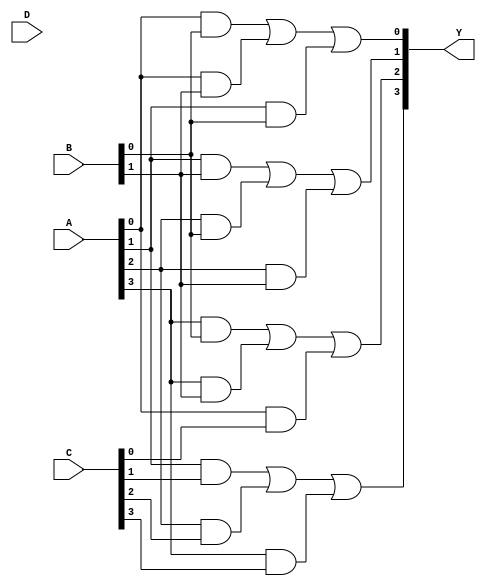
module GAL (
    input wire [3:0] A,      // 4-bit input
    input wire [3:0] B,      // 4-bit input
    input wire [3:0] C,      // 4-bit input
    input wire [3:0] D,      // 4-bit input
    output wire [3:0] Y      // 4-bit output
);

// Internal signals for AND gates
wire [15:0] and_out; // 16 product terms (4 inputs, 2^4 combinations)

// Programmable AND array
assign and_out[0]  = A[0] & B[0]; // P0 = A0 AND B0
assign and_out[1]  = A[0] & B[1]; // P1 = A0 AND B1
assign and_out[2]  = A[1] & B[0]; // P2 = A1 AND B0
assign and_out[3]  = A[1] & B[1]; // P3 = A1 AND B1
assign and_out[4]  = A[2] & B[0]; // P4 = A2 AND B0
assign and_out[5]  = A[2] & B[1]; // P5 = A2 AND B1
assign and_out[6]  = A[3] & B[0]; // P6 = A3 AND B0
assign and_out[7]  = A[3] & B[1]; // P7 = A3 AND B1
assign and_out[8]  = A[0] & C[0]; // P8 = A0 AND C0
assign and_out[9]  = A[1] & C[1]; // P9 = A1 AND C1
assign and_out[10] = A[2] & C[2]; // P10 = A2 AND C2
assign and_out[11] = A[3] & C[3]; // P11 = A3 AND C3
assign and_out[12] = A[0] & D[0]; // P12 = A0 AND D0
assign and_out[13] = A[1] & D[1]; // P13 = A1 AND D1
assign and_out[14] = A[2] & D[2]; // P14 = A2 AND D2
assign and_out[15] = A[3] & D[3]; // P15 = A3 AND D3

// Programmable OR array
assign Y[0] = and_out[0] | and_out[1] | and_out[2]; // Output Y0
assign Y[1] = and_out[3] | and_out[4] | and_out[5]; // Output Y1
assign Y[2] = and_out[6] | and_out[7] | and_out[8]; // Output Y2
assign Y[3] = and_out[9] | and_out[10] | and_out[11]; // Output Y3

endmodule